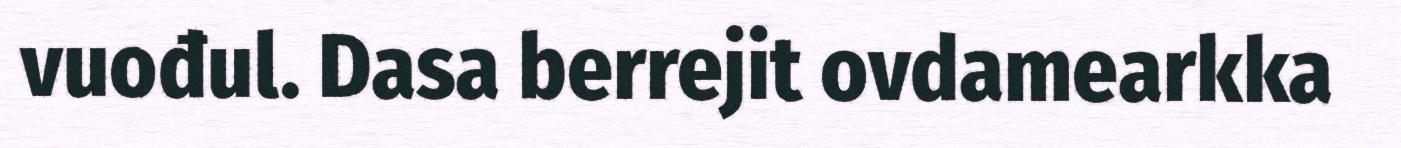
vuođul. Dasa berrejit ovdamearkka